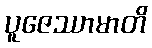
ပူဇေဿာမာတိ